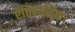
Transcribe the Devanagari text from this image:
ऐतिहासिक।